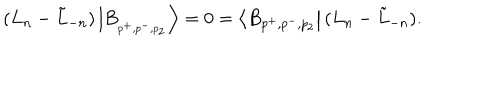
( L _ { n } - \tilde { L } _ { - n } ) \left| B _ { _ { p ^ { + } , p ^ { - } , p _ { 2 } } } \right\rangle = 0 = \left\langle B _ { p ^ { + } , p ^ { - } , p _ { 2 } } \right| ( L _ { n } - \tilde { L } _ { - n } ) .